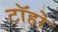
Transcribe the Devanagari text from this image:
टॉहो